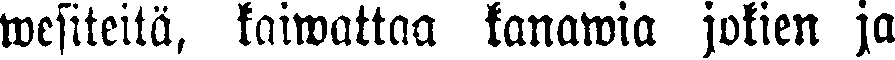
wesiteitä, kaiwattaa kanawia jokien ja